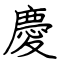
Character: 慶